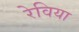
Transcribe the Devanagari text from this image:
रेविया